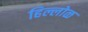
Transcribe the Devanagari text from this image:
हिल्लोळ